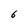
Character: 6